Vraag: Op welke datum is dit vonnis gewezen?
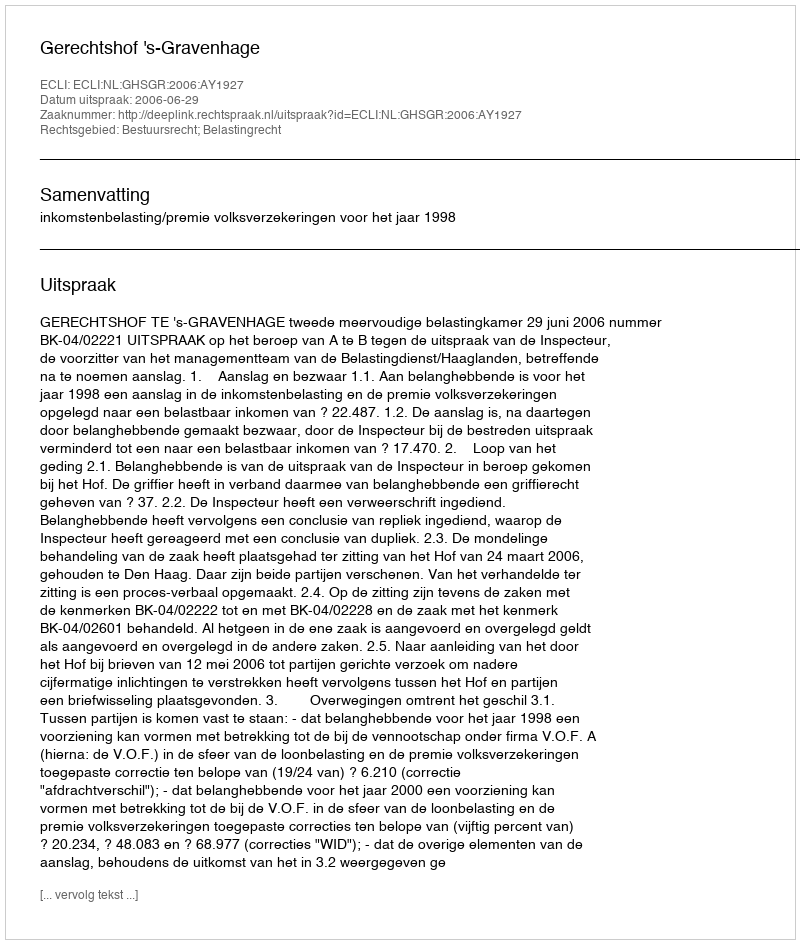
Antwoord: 2006-06-29